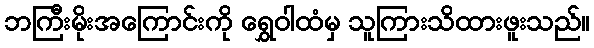
ဘကြီးမိုးအကြောင်းကို ရွှေဝါထံမှ သူကြားသိထားဖူးသည်။